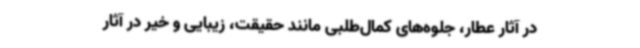
در آثار عطار، جلوه‌های کمال‌طلبی مانند حقیقت، زیبایی و خیر در آثار